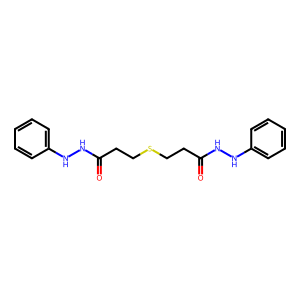
SMILES: O=C(CCSCCC(=O)NNc1ccccc1)NNc1ccccc1
Inhibits HIV replication: No